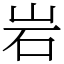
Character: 岩